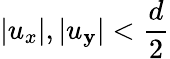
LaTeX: |{u}_{x}|,|{u}_{\mathbf{y}}|<\frac{{d}}{{2}}